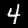
Digit: 4